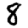
Digit: 8